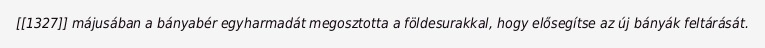
[[1327]] májusában a bányabér egyharmadát megosztotta a földesurakkal, hogy elősegítse az új bányák feltárását.